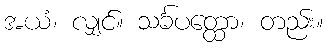
အယံ၊ လျှင်။ သင်္ခပတ္ထော၊ တည်း။